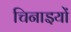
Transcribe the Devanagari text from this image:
चिनाइयों